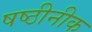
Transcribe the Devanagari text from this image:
षष्ठीनीक